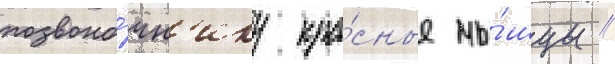
позвоно́чн'ику кра́сные мы́шцы //